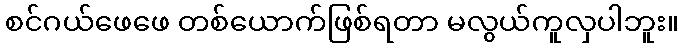
စင်ဂယ်ဖေဖေ တစ်ယောက်ဖြစ်ရတာ မလွယ်ကူလှပါဘူး။